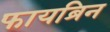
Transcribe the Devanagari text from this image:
फायब्रिन